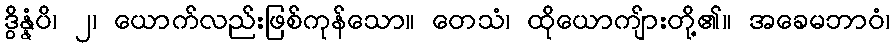
ဒွိန္နံပိ၊ ၂၊ ယောက်လည်းဖြစ်ကုန်သော။ တေသံ၊ ထိုယောကျ်ားတို့၏။ အခေမဘာဝံ၊